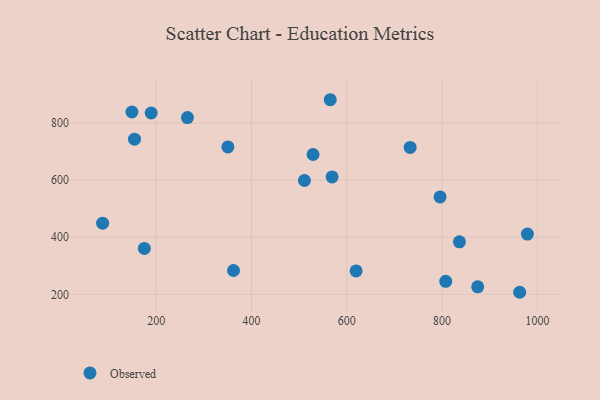
{"axis": {"x": "Study Hours", "y": "Demand"}, "legend": ["Observed"], "data": [{"x": "87.6", "y": 449.2, "type": "Observed"}, {"x": "807.7", "y": 245.4, "type": "Observed"}, {"x": "733.0", "y": 714.8, "type": "Observed"}, {"x": "511.1", "y": 599.0, "type": "Observed"}, {"x": "189.5", "y": 835.4, "type": "Observed"}, {"x": "874.7", "y": 226.3, "type": "Observed"}, {"x": "362.3", "y": 283.5, "type": "Observed"}, {"x": "619.6", "y": 281.9, "type": "Observed"}, {"x": "149.1", "y": 839.0, "type": "Observed"}, {"x": "529.2", "y": 690.0, "type": "Observed"}, {"x": "565.3", "y": 882.0, "type": "Observed"}, {"x": "265.6", "y": 819.3, "type": "Observed"}, {"x": "154.5", "y": 743.8, "type": "Observed"}, {"x": "836.4", "y": 384.0, "type": "Observed"}, {"x": "795.8", "y": 541.3, "type": "Observed"}, {"x": "175.1", "y": 360.7, "type": "Observed"}, {"x": "569.2", "y": 611.3, "type": "Observed"}, {"x": "962.8", "y": 207.2, "type": "Observed"}, {"x": "979.0", "y": 411.3, "type": "Observed"}, {"x": "350.5", "y": 716.5, "type": "Observed"}]}